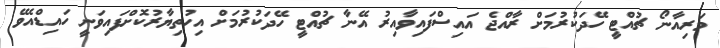
މަރިއާނޯ ޗުއްޓީ ހޭދަކުރުމަށް ރާއްޖެ އައިސްފައިވާއިރު އޭނާ ޗުއްޓީ ހޭދަކުރުމަށް އިހުތިޔާރުކޮށްފައިވަނީ ހައިޑްއެވޭ